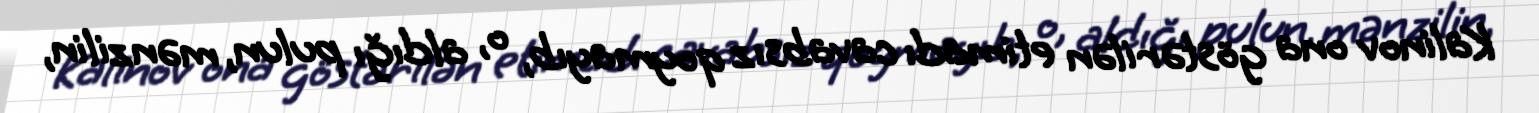
Kalinov ona göstərilən etimadı cavabsız qoymayıb, o, aldığı pulun, mənzilin,